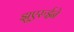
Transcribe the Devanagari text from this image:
झुएरुईने